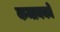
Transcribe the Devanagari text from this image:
कमानको